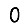
Digit: 0